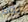
يوم